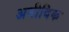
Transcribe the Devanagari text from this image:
अमीबिक